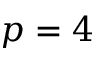
p = 4